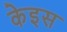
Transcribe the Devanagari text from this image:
केइस